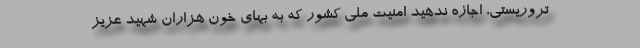
تروریستی، اجازه ندهید امنیت ملی کشور که به بهای خون هزاران شهید عزیز